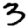
Digit: 3